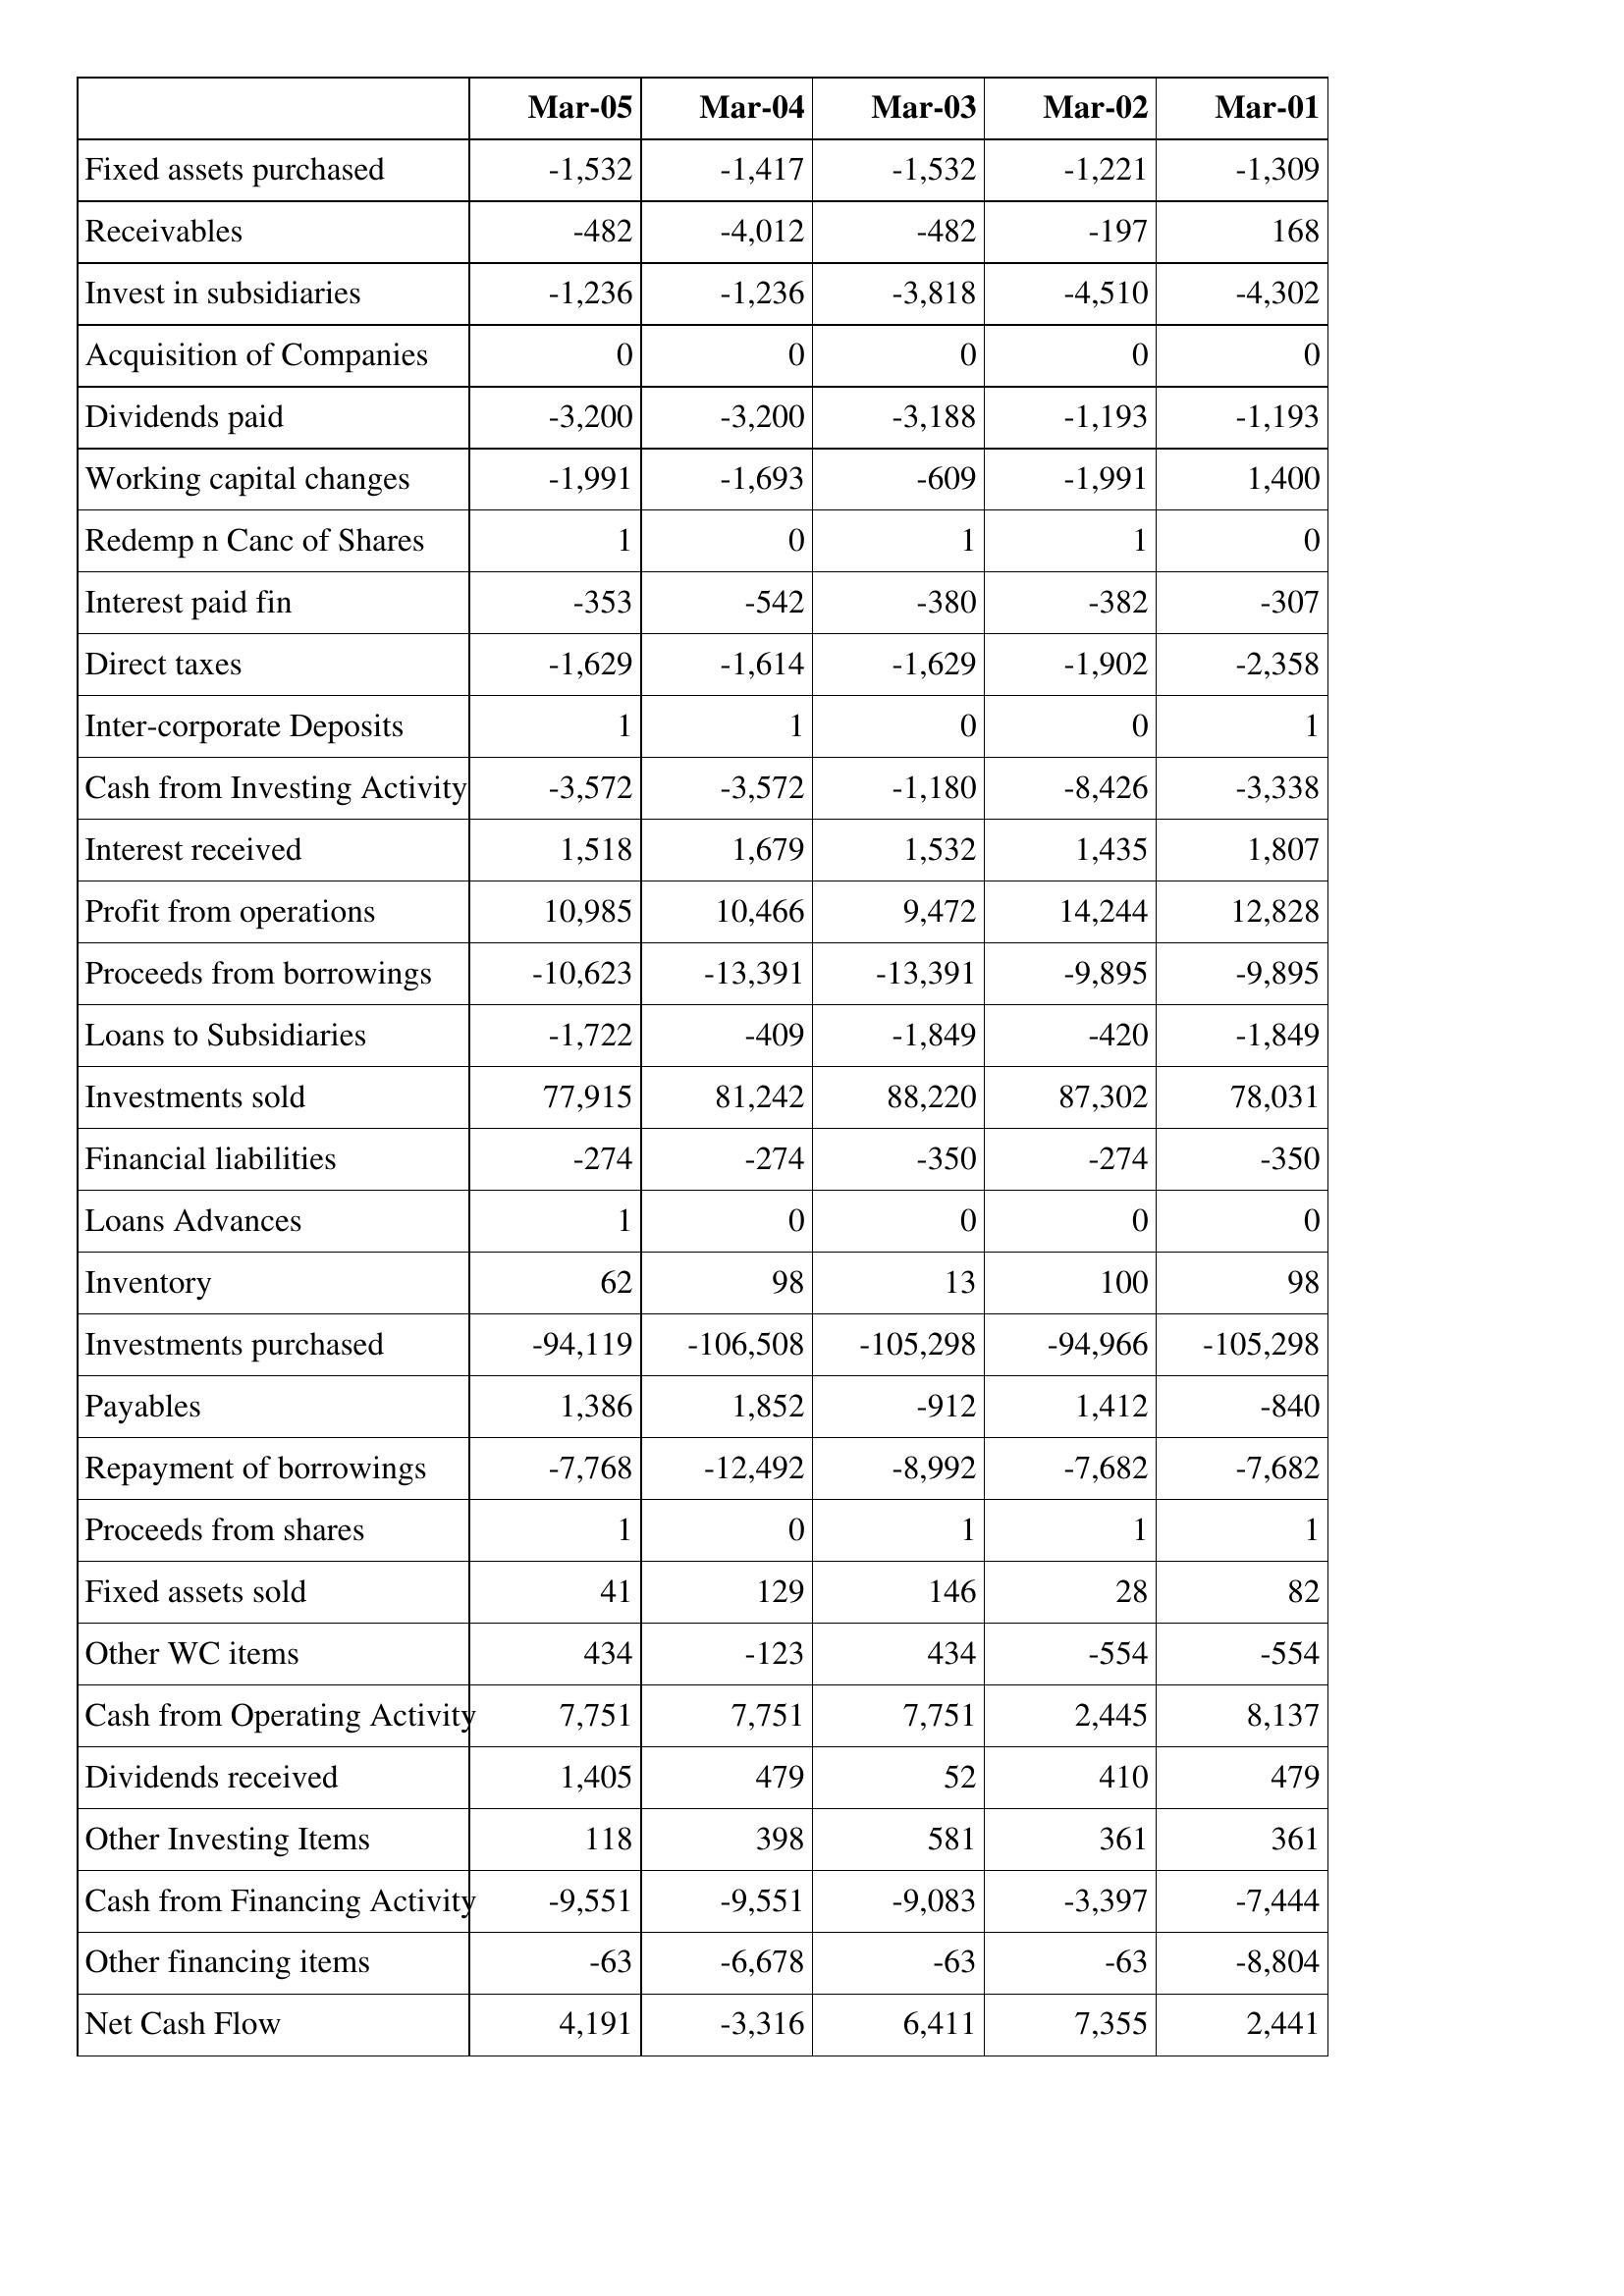
Mar-05: Cash Flows: Fixed assets purchased: -1,532
Receivables: -482
Invest in subsidiaries: -1,236
Acquisition of Companies: 0
Dividends paid: -3,200
Working capital changes: -1,991
Redemp n Canc of Shares: 1
Interest paid fin: -353
Direct taxes: -1,629
Inter-corporate Deposits: 1
Cash from Investing Activity: -3,572
Interest received: 1,518
Profit from operations: 10,985
Proceeds from borrowings: -10,623
Loans to Subsidiaries: -1,722
Investments sold: 77,915
Financial liabilities: -274
Loans Advances: 1
Inventory: 62
Investments purchased: -94,119
Payables: 1,386
Repayment of borrowings: -7,768
Proceeds from shares: 1
Fixed assets sold: 41
Other WC items: 434
Cash from Operating Activity: 7,751
Dividends received: 1,405
Other Investing Items: 118
Cash from Financing Activity: -9,551
Other financing items: -63
Net Cash Flow: 4,191
Mar-04: Cash Flows: Fixed assets purchased: -1,417
Receivables: -4,012
Invest in subsidiaries: -1,236
Acquisition of Companies: 0
Dividends paid: -3,200
Working capital changes: -1,693
Redemp n Canc of Shares: 0
Interest paid fin: -542
Direct taxes: -1,614
Inter-corporate Deposits: 1
Cash from Investing Activity: -3,572
Interest received: 1,679
Profit from operations: 10,466
Proceeds from borrowings: -13,391
Loans to Subsidiaries: -409
Investments sold: 81,242
Financial liabilities: -274
Loans Advances: 0
Inventory: 98
Investments purchased: -106,508
Payables: 1,852
Repayment of borrowings: -12,492
Proceeds from shares: 0
Fixed assets sold: 129
Other WC items: -123
Cash from Operating Activity: 7,751
Dividends received: 479
Other Investing Items: 398
Cash from Financing Activity: -9,551
Other financing items: -6,678
Net Cash Flow: -3,316
Mar-03: Cash Flows: Fixed assets purchased: -1,532
Receivables: -482
Invest in subsidiaries: -3,818
Acquisition of Companies: 0
Dividends paid: -3,188
Working capital changes: -609
Redemp n Canc of Shares: 1
Interest paid fin: -380
Direct taxes: -1,629
Inter-corporate Deposits: 0
Cash from Investing Activity: -1,180
Interest received: 1,532
Profit from operations: 9,472
Proceeds from borrowings: -13,391
Loans to Subsidiaries: -1,849
Investments sold: 88,220
Financial liabilities: -350
Loans Advances: 0
Inventory: 13
Investments purchased: -105,298
Payables: -912
Repayment of borrowings: -8,992
Proceeds from shares: 1
Fixed assets sold: 146
Other WC items: 434
Cash from Operating Activity: 7,751
Dividends received: 52
Other Investing Items: 581
Cash from Financing Activity: -9,083
Other financing items: -63
Net Cash Flow: 6,411
Mar-02: Cash Flows: Fixed assets purchased: -1,221
Receivables: -197
Invest in subsidiaries: -4,510
Acquisition of Companies: 0
Dividends paid: -1,193
Working capital changes: -1,991
Redemp n Canc of Shares: 1
Interest paid fin: -382
Direct taxes: -1,902
Inter-corporate Deposits: 0
Cash from Investing Activity: -8,426
Interest received: 1,435
Profit from operations: 14,244
Proceeds from borrowings: -9,895
Loans to Subsidiaries: -420
Investments sold: 87,302
Financial liabilities: -274
Loans Advances: 0
Inventory: 100
Investments purchased: -94,966
Payables: 1,412
Repayment of borrowings: -7,682
Proceeds from shares: 1
Fixed assets sold: 28
Other WC items: -554
Cash from Operating Activity: 2,445
Dividends received: 410
Other Investing Items: 361
Cash from Financing Activity: -3,397
Other financing items: -63
Net Cash Flow: 7,355
Mar-01: Cash Flows: Fixed assets purchased: -1,309
Receivables: 168
Invest in subsidiaries: -4,302
Acquisition of Companies: 0
Dividends paid: -1,193
Working capital changes: 1,400
Redemp n Canc of Shares: 0
Interest paid fin: -307
Direct taxes: -2,358
Inter-corporate Deposits: 1
Cash from Investing Activity: -3,338
Interest received: 1,807
Profit from operations: 12,828
Proceeds from borrowings: -9,895
Loans to Subsidiaries: -1,849
Investments sold: 78,031
Financial liabilities: -350
Loans Advances: 0
Inventory: 98
Investments purchased: -105,298
Payables: -840
Repayment of borrowings: -7,682
Proceeds from shares: 1
Fixed assets sold: 82
Other WC items: -554
Cash from Operating Activity: 8,137
Dividends received: 479
Other Investing Items: 361
Cash from Financing Activity: -7,444
Other financing items: -8,804
Net Cash Flow: 2,441